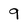
Character: 9